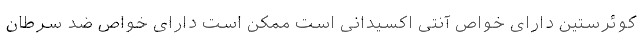
کوئرستین دارای خواص آنتی اکسیدانی است ممکن است دارای خواص ضد سرطان